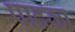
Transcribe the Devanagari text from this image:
पादका